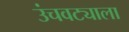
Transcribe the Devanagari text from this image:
उंचवट्याला